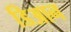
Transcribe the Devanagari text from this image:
डिआन